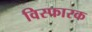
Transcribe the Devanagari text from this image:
विस्‍फारक